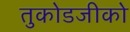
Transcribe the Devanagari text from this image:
तुकोडजीको